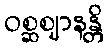
ဝစ္ဆဈာနန္တိ